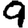
Digit: 9